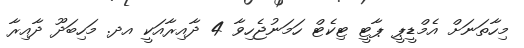
މިހާތަނަށް އެމްޑީޕީ ޕާޓީ ޓިކެޓް ހަމަނުޖެހިވާ 4 ދާއިރާއަކީ އދ. މަހިބަދޫ ދާއިރާ